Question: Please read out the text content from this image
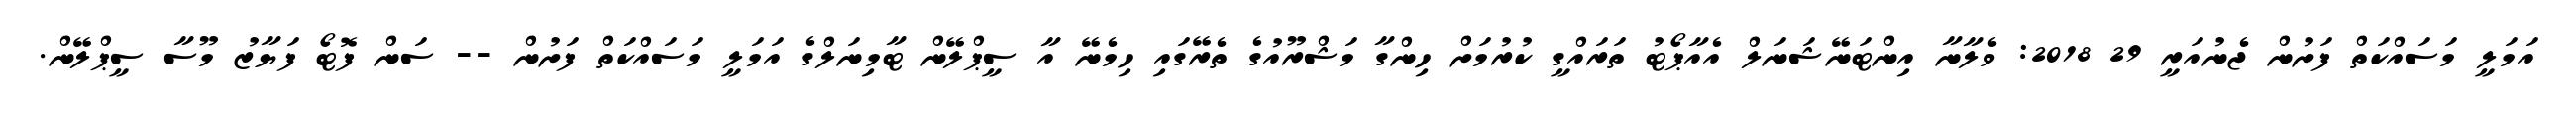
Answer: އަމަލީ މަސައްކަތް ފަށުން ޖެނުއަރީ 29 2018: ވެލާނާ އިންޓަނޭޝަނަލް އެއާޕޯޓު ތަރައްގީ ކުރުމަށް ހިންގާ މަޝްރޫއުގެ ތެރޭގައި ހިމެނޭ އާ ސީޕްލޭން ޓާމިނަލްގެ އަމަލީ މަސައްކަތް ފަށުން -- ސަން ފޮޓޯ ފަޔާޒު މޫސާ ސީޕްލޭން.